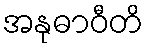
အနုဓာဝီတိ